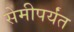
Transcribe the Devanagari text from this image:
सेमीपर्यंत